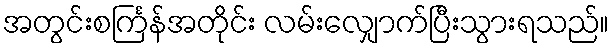
အတွင်းစင်္ကြန်အတိုင်း လမ်းလျှောက်ပြီးသွားရသည်။